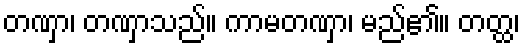
တဏှာ၊ တဏှာသည်။ ကာမတဏှာ၊ မည်၏။ တတ္ထ၊